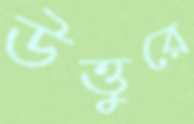
উত্তুরে